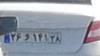
۲۶و۱۴۱۲۸